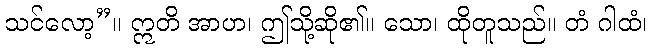
သင်လော့”။ ဣတိ အာဟ၊ ဤသို့ဆို၏။ သော၊ ထိုတူသည်။ တံ ဂါထံ၊